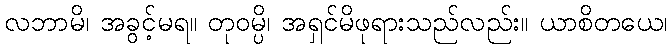
လဘာမိ၊ အခွင့်မရ။ တုဝမ္ပိ၊ အရှင်မိဖုရားသည်လည်း။ ယာစိတယေ၊